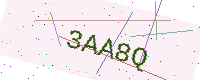
Text: 3AA8Q